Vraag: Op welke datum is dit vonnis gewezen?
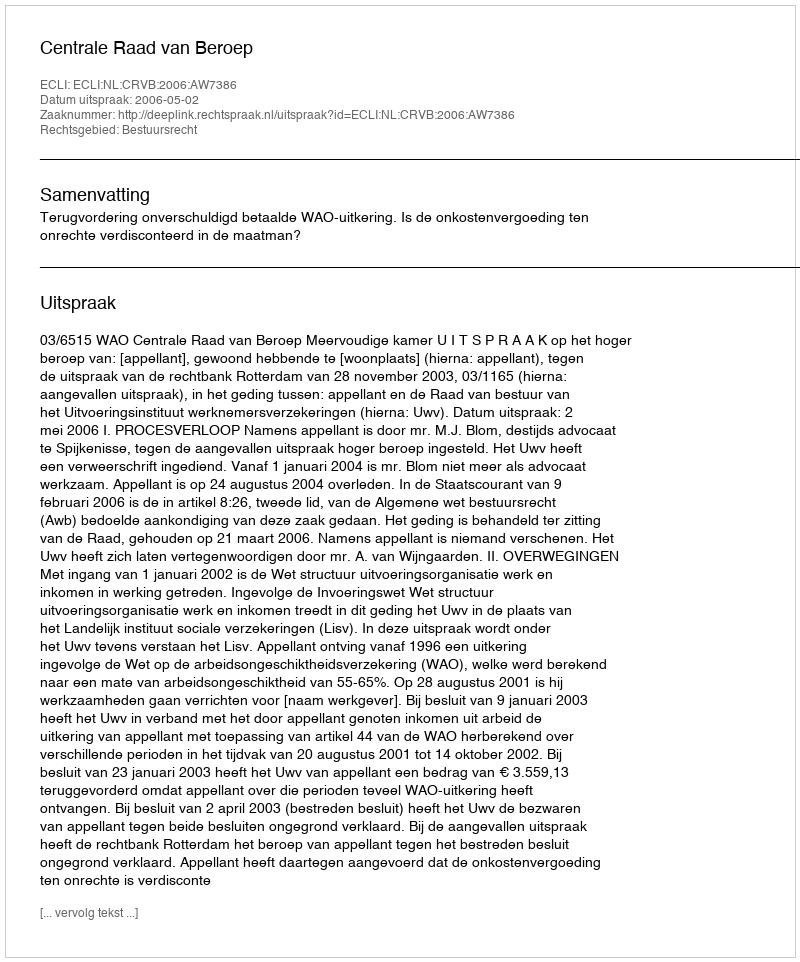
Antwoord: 2006-05-02